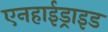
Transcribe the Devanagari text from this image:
एनहाईड्राइड